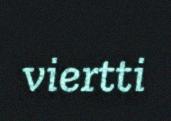
viertti